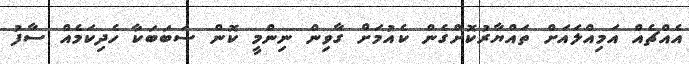
އެއްޗެއް އަމިއްލައަށް ތައްޔާރުކޮށްގެން ކެއުމަށް ގާވިން ނިންމީ ކޮން ސަބަބަކާ ހެދިކަމެއް ސާފު